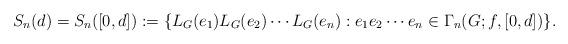
LaTeX: \begin{align*}S_n(d)=S_n([0,d]):= \{L_G(e_1)L_G(e_2)\cdots L_G(e_n): e_1e_2\cdots e_n\in\Gamma_n(G;f,[0,d])\}.\end{align*}